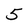
Character: 5